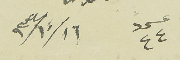
عدد ٤٤ ١٠/١٦ / ٩٣٤